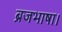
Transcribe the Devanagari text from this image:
ब्रजभाषा।